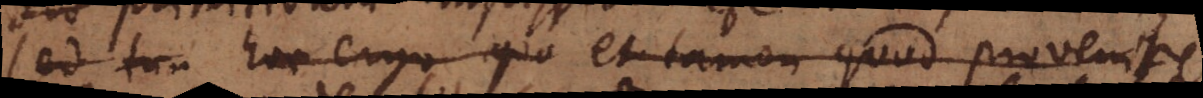
sed tam hoc ergo quo et tamen quod provenire